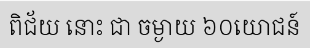
ពិជ័យ នោះ ជា ចម្ងាយ ៦០យោជន៍